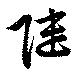
陸